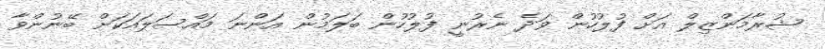
ޝުރާމަންޒިލް އަށް ފުލުހުން ވަދެ ނެރުނީ ފުލުހުން ބަލަމުން އަންނަ މައްސަލައަކަށް ބޭނުންވާ